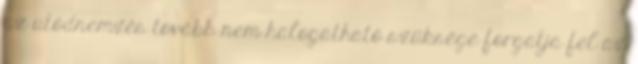
az utódnemzés tovább nem halogatható szüksége forgatja fel az